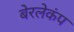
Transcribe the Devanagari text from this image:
बेरलेकंप